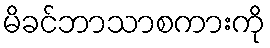
မိခင်ဘာသာစကားကို